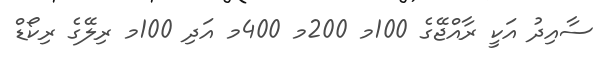
ސާއިދު އަކީ ރާއްޖޭގެ 100މ 200މ 400މ އަދި 100މ ރިލޭގެ ރިކޯޑް